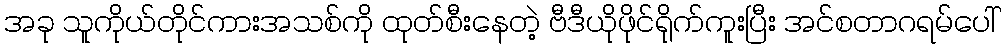
အခု သူကိုယ်တိုင်ကားအသစ်ကို ထုတ်စီးနေတဲ့ ဗီဒီယိုဖိုင်ရိုက်ကူးပြီး အင်စတာဂရမ်ပေါ်